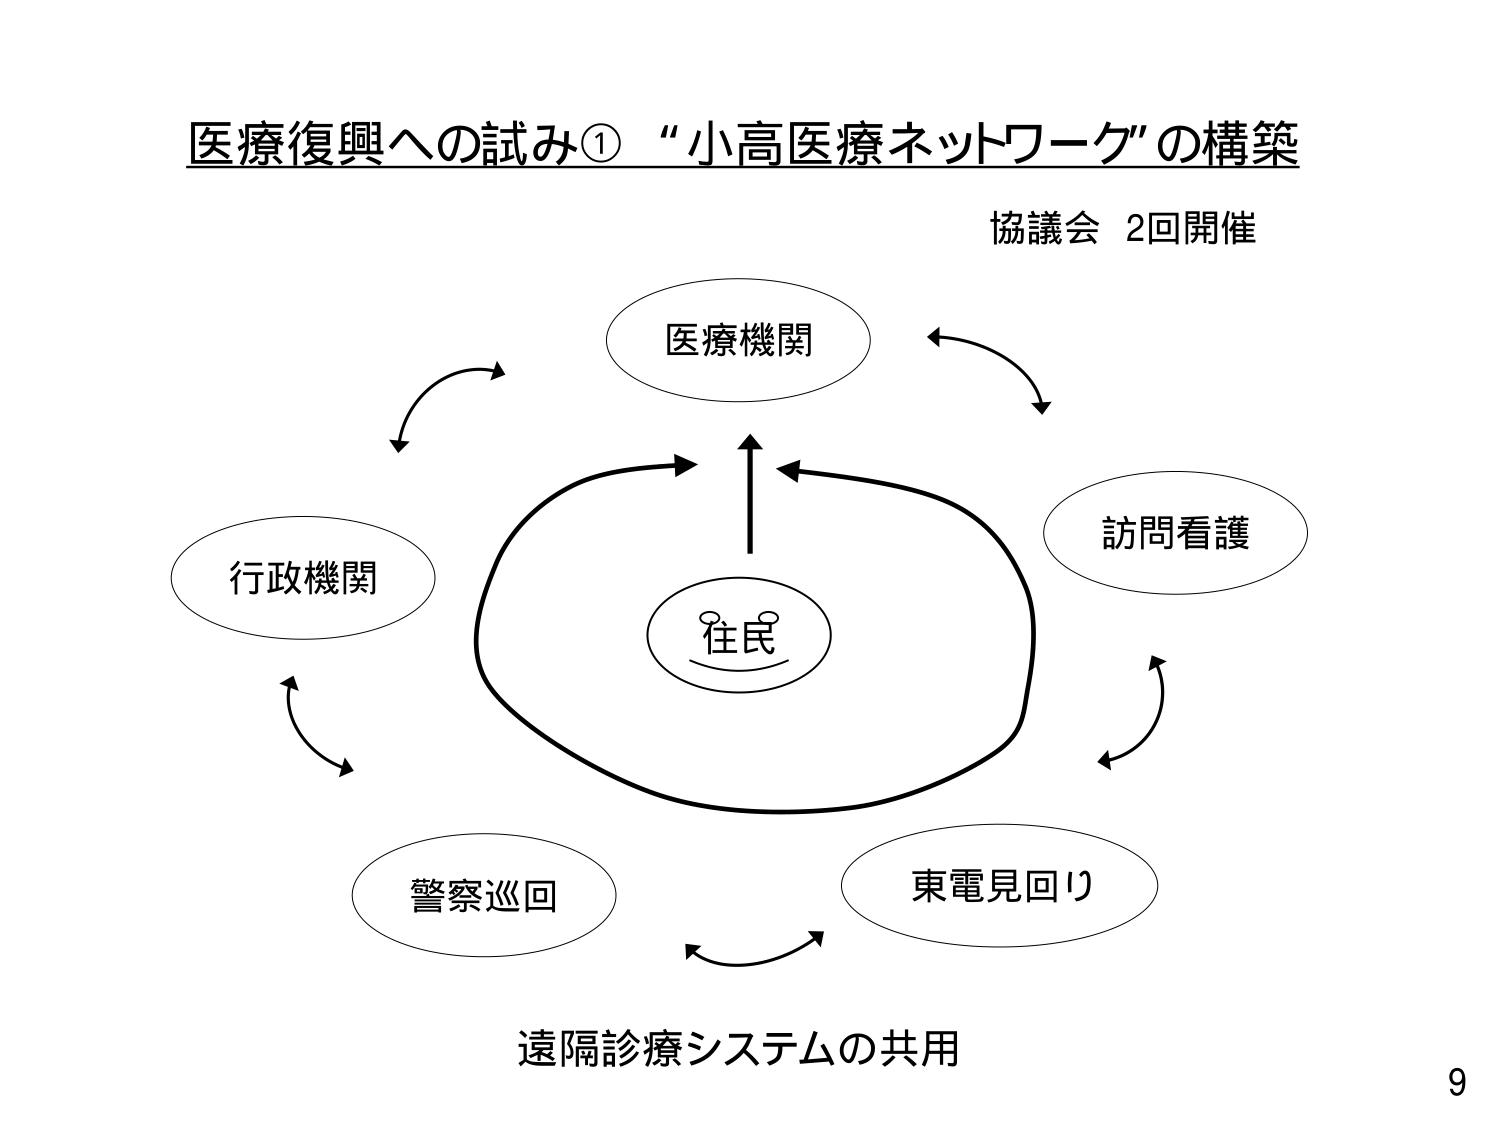
医療復興への試み① “小高医療ネットワーク” の構築
協議会 2回開催
医療機関
行政機関
訪問看護
住民
警察巡回
東電見回り
遠隔診療システムの共用
9